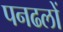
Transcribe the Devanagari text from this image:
पनढलों